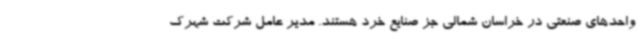
واحدهای صنعتی در خراسان شمالی جز صنایع خرد هستند. مدیر عامل شرکت شهرک